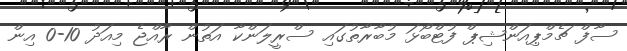
ސާފް ޗެމްޕިއަންޝިޕް ފުޓްބޯޅަ މުބާރާތުގައި ސްރީލަންކާ އަތުން ރާއްޖެ މިއަދު 10-0 އިން